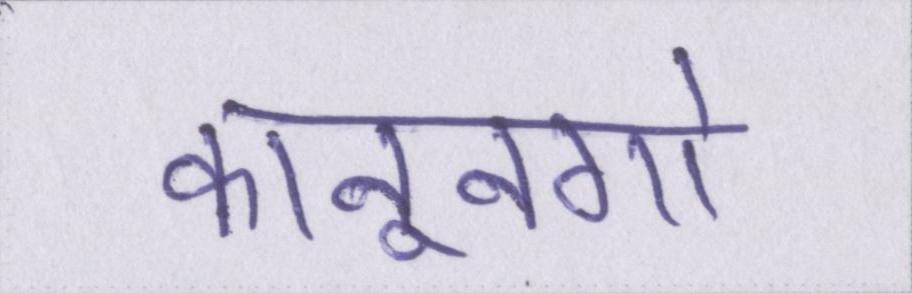
कानूनगो